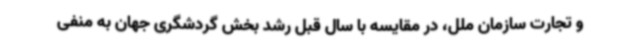
و تجارت سازمان ملل، در مقایسه با سال قبل رشد بخش گردشگری جهان به منفی